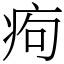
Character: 痀